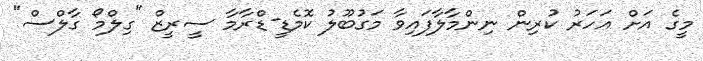
މީގެ އަށް އަހަރު ކުރިން ނިންމާލާފައިވާ މަގުބޫލު ކޮމެޑީ-ޑްރާމާ ސީރީޒް "ގިލްމޯ ގާލްސް"